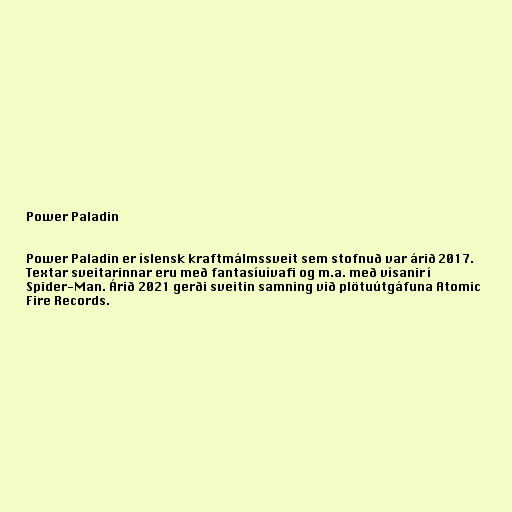
Power Paladin

Power Paladin er íslensk kraftmálmssveit sem stofnuð var árið 2017.
Textar sveitarinnar eru með fantasíuívafi og m.a. með vísanir í
Spider-Man. Árið 2021 gerði sveitin samning við plötuútgáfuna Atomic
Fire Records.